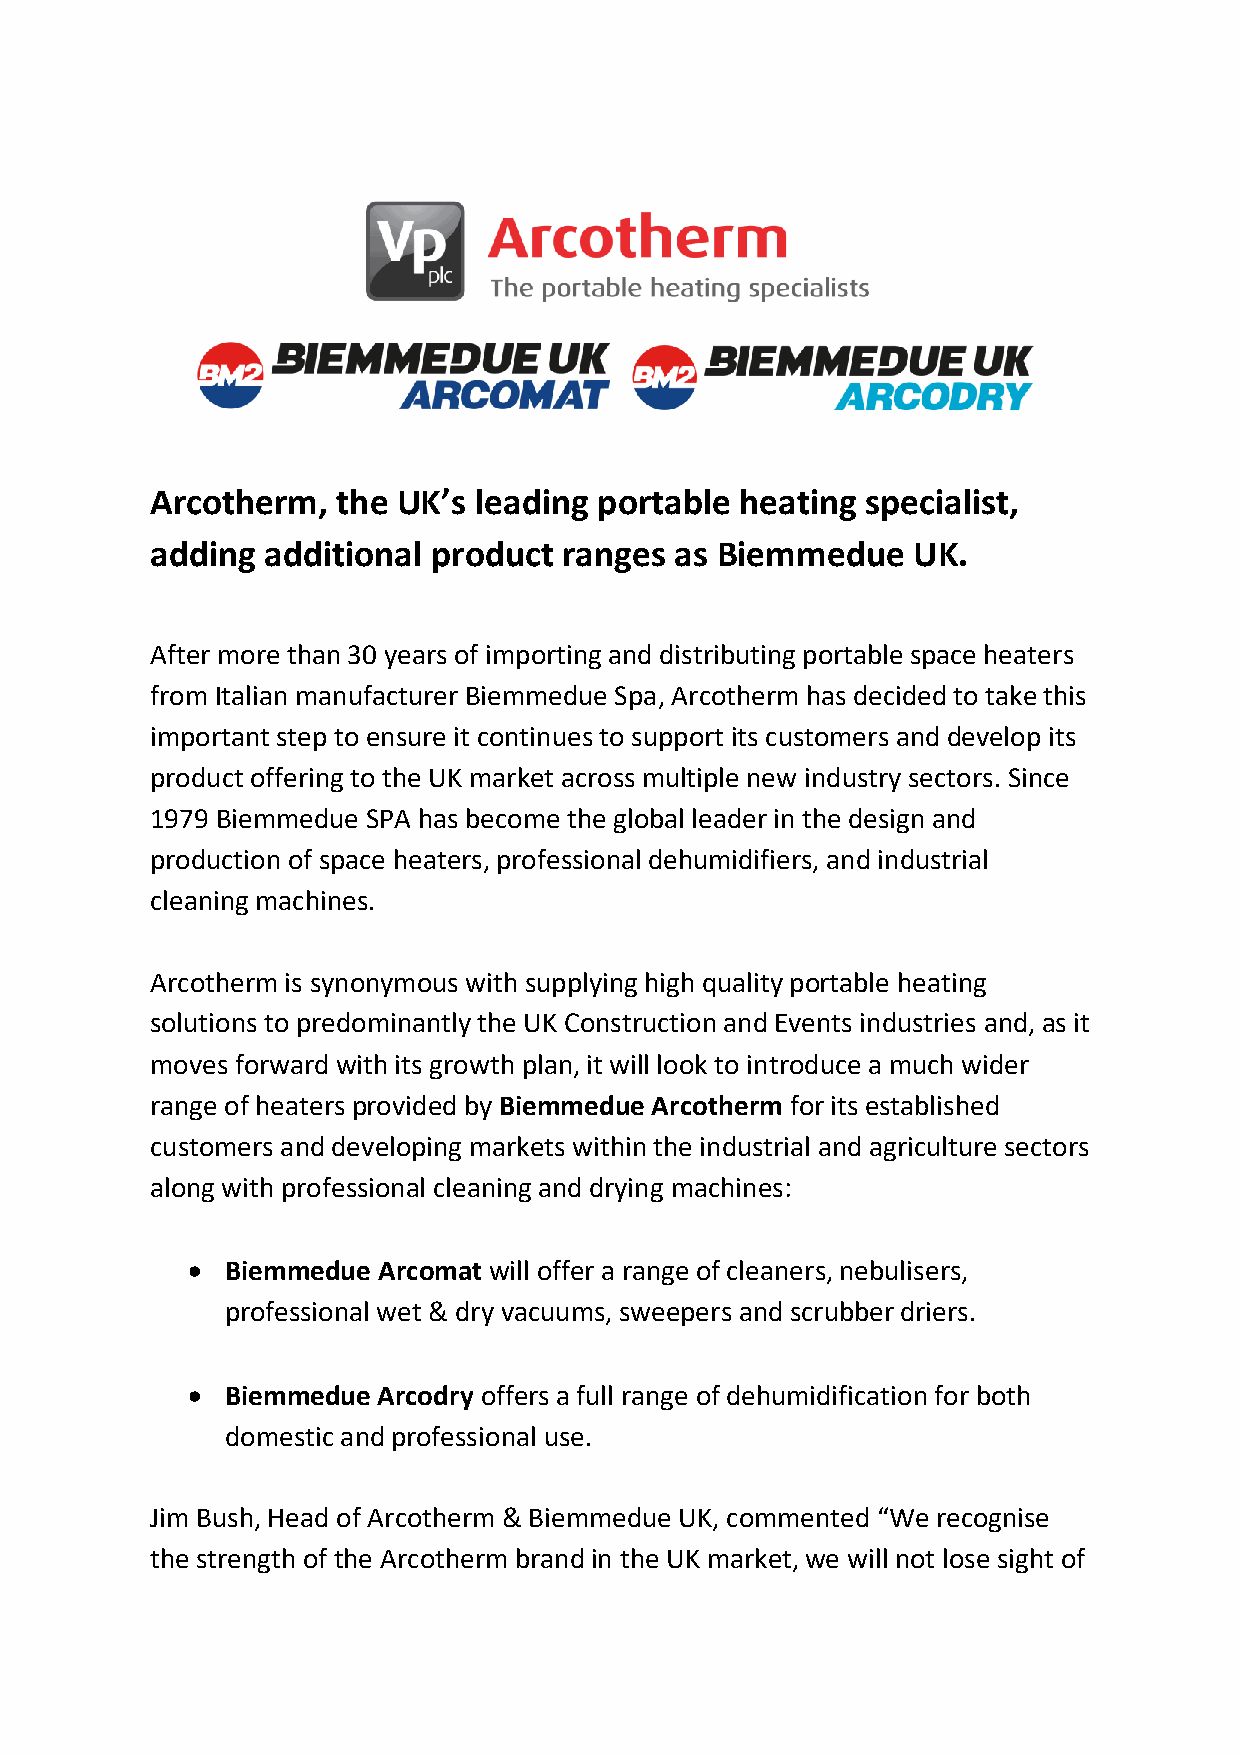
Arcotherm,  the UK’s leading  portable heating specialist,
 adding  additional product ranges  as Biemmedue   UK.
 After more than 30 years of importing and distributing portable space heaters
 from Italian manufacturer Biemmedue Spa, Arcotherm has decided to take this
 important step to ensure it continues to support its customers and develop its
 product offering to the UK market across multiple new industry sectors. Since
 1979 Biemmedue SPA has become the global leader in the design and
 production of space heaters, professional dehumidifiers, and industrial
 cleaning machines.
 Arcotherm is synonymous with supplying high quality portable heating
 solutions to predominantly the UK Construction and Events industries and, as it
 moves forward with its growth plan, it will look to introduce a much wider
 range of heaters provided by Biemmedue Arcotherm for its established
 customers and developing markets within the industrial and agriculture sectors
 along with professional cleaning and drying machines:
   Biemmedue Arcomat will offer a range of cleaners, nebulisers,
 professional wet & dry vacuums, sweepers and scrubber driers.
   Biemmedue Arcodry offers a full range of dehumidification for both
 domestic and professional use.
 Jim Bush, Head of Arcotherm & Biemmedue UK, commented “We recognise
 the strength of the Arcotherm brand in the UK market, we will not lose sight of